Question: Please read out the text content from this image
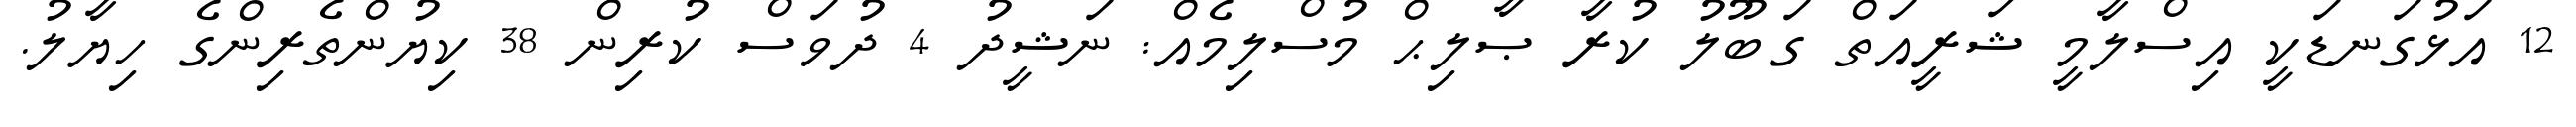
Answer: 12 އަޅުގަނޑަކީ އިސްލާމީ ޝަރީއަތް ގަބޫލު ކުރާ ޞާލިޙް މުސްލިމެއް: ނަޝީދު 4 ދުވަސް ކުރިން 38 ކިޔުންތެރިންގެ ހިޔާލު.